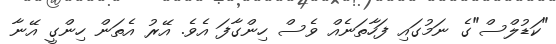
"ކަޑުލްސް"ގެ ނަމުގައި ފަހާތަނެއް ވެސް ހިންގާފަ އެވެ. އޭރު އެތަން ހިންގީ އޭނާ